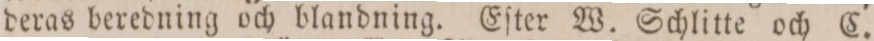
deras beredning och blandning. Eſter W. Schlitte och C.